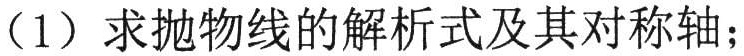
（1）求抛物线的解析式及其对称轴；